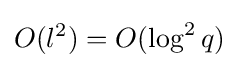
O(l^{2})=O(\log ^{2}q)